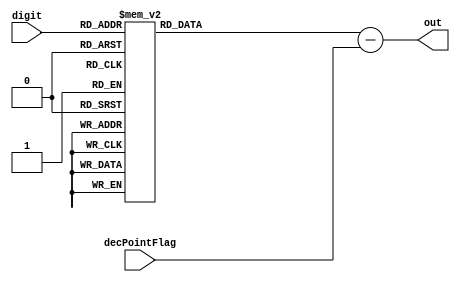
module SegmentDisplay(input[3:0] digit, input decPointFlag, output reg[7:0] out);
    always @(*) begin
        case(digit) 
            0: out = 8'b00000011;
            1: out = 8'b10011111;
            2: out = 8'b00100101;
            3: out = 8'b00001101;
            4: out = 8'b10011001;
            5: out = 8'b01001001;
            6: out = 8'b01000001;
            7: out = 8'b00011111;
            8: out = 8'b00000001;
            9: out = 8'b00001001;
            10: out = 8'b11111101;
	    default: out = 8'b11111111;
        endcase
        out = out - decPointFlag;
     end
endmodule